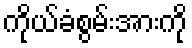
ကိုယ်ခံစွမ်းအားကို